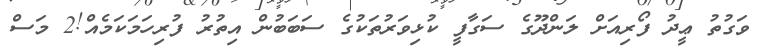
ވަގުތު ޢީދު ފޯރިއަށް ލަންދޫގެ ސަގާފީ ކުޅިވަރުތަކުގެ ސަބަބުން އިތުރު ފުރިހަމަކަމެއް!2 މަސް